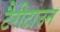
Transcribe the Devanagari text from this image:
टैरीटाउन